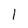
Character: 1